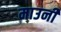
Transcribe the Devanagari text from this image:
माउनी